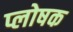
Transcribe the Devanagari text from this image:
प्लोषक